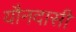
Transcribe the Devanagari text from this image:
यौनदासी